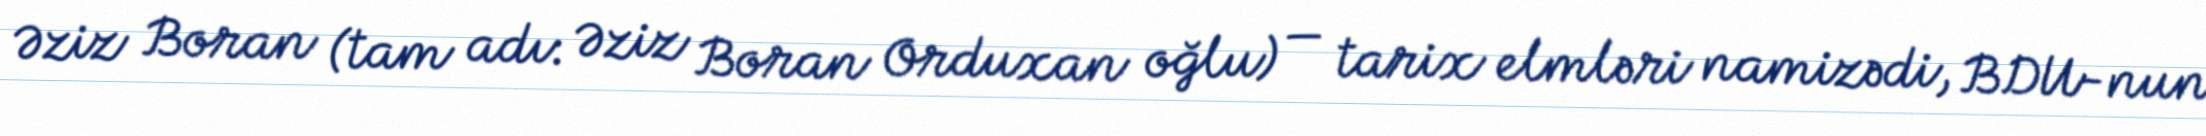
Əziz Boran (tam adı: Əziz Boran Orduxan oğlu) — tarix elmləri namizədi, BDU-nun